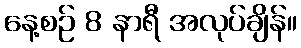
နေ့စဉ် 8 နာရီ အလုပ်ချိန်။